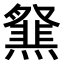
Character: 𤑪